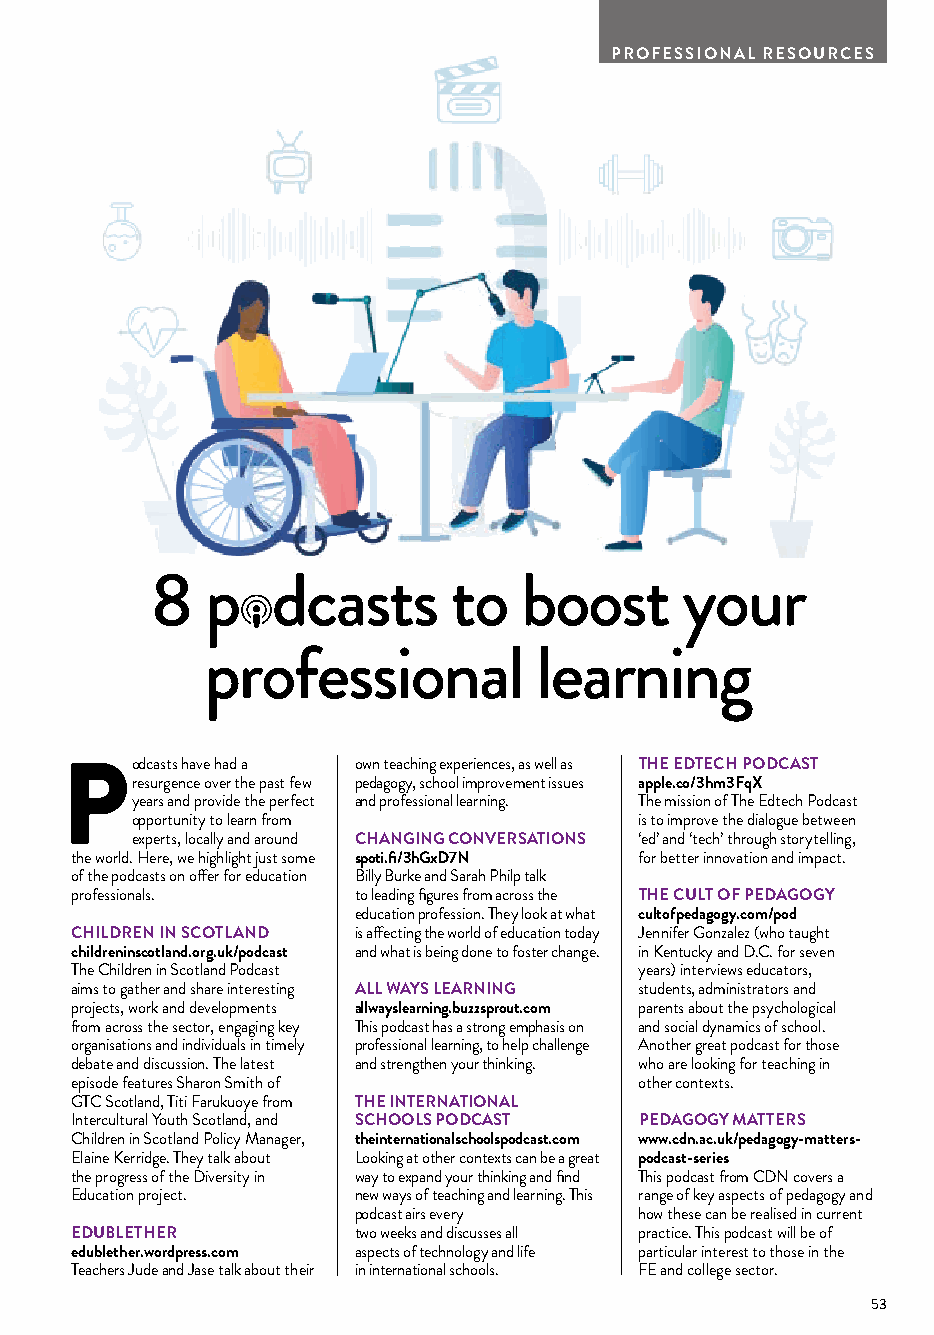
PROFESSIONAL RESOURCES
 8   p   dcasts      to  boost      your
 professional         learning
 odcasts have had a own teaching experiences, as well as THE EDTECH PODCAST
 Presurgence over the past few pedagogy, school improvement issues apple.co/3hm3FqX
 years and provide the perfect and professional learning. The mission of The Edtech Podcast
 opportunity to learn from        is to improve the dialogue between
 experts, locally and around CHANGING CONVERSATIONS ‘ed’ and ‘tech’ through storytelling,
 the world. Here, we highlight just some spoti.fi/3hGxD7N for better innovation and impact.
 of the podcasts on offer for education Billy Burke and Sarah Philp talk
 professionals.    to leading figures from across the THE CULT OF PEDAGOGY
 education profession. They look at what cultofpedagogy.com/pod
 CHILDREN IN SCOTLAND is affecting the world of education today Jennifer Gonzalez (who taught
 childreninscotland.org.uk/podcast and what is being done to foster change. in Kentucky and D.C. for seven
 The Children in Scotland Podcast     years) interviews educators,
 aims to gather and share interesting ALL WAYS LEARNING students, administrators and
 projects, work and developments allwayslearning.buzzsprout.com parents about the psychological
 from across the sector, engaging key This podcast has a strong emphasis on and social dynamics of school.
 organisations and individuals in timely professional learning, to help challenge Another great podcast for those
 debate and discussion. The latest and strengthen your thinking. who are looking for teaching in
 episode features Sharon Smith of     other contexts.
 GTC Scotland, Titi Farukuoye from THE INTERNATIONAL
 Intercultural Youth Scotland, and SCHOOLS PODCAST PEDAGOGY MATTERS
 Children in Scotland Policy Manager, theinternationalschoolspodcast.com www.cdn.ac.uk/pedagogy-matters-
 Elaine Kerridge. They talk about Looking at other contexts can be a great podcast-series
 the progress of the Diversity in way to expand your thinking and find This podcast from CDN covers a
 Education project. new ways of teaching and learning. This range of key aspects of pedagogy and
 podcast airs every how these can be realised in current
 EDUBLETHER        two weeks and discusses all practice. This podcast will be of
 edublether.wordpress.com aspects of technology and life particular interest to those in the
 Teachers Jude and Jase talk about their in international schools. FE and college sector.
 53